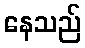
နေသည်